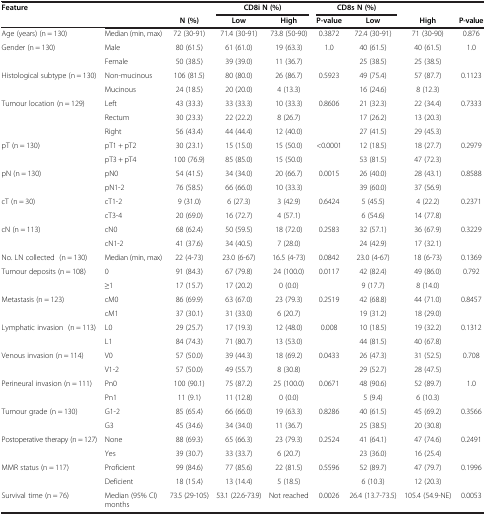
<table><thead><tr><td><b>Feature</b></td><td><b> </b></td><td><b> </b></td><td colspan="2"><b>CD8i N (%)</b></td><td colspan="2"><b>CD8s N (%)</b></td><td><b> </b></td><td><b> </b></td></tr><tr><td><b> </b></td><td><b> </b></td><td><b>N (%)</b></td><td><b>Low</b></td><td><b>High</b></td><td><b>P-value</b></td><td><b>Low</b></td><td><b>High</b></td><td><b>P-value</b></td></tr></thead><tbody><tr><td>Age (years) (n = 130)</td><td>Median (min, max)</td><td>72 (30-91)</td><td>71.4 (30-91)</td><td>73.8 (50-90)</td><td>0.3872</td><td>72.4 (30-91)</td><td>71 (30-90)</td><td>0.876</td></tr><tr><td>Gender (n = 130)</td><td>Male</td><td>80 (61.5)</td><td>61 (61.0)</td><td>19 (63.3)</td><td>1.0</td><td>40 (61.5)</td><td>40 (61.5)</td><td>1.0</td></tr><tr><td> </td><td>Female</td><td>50 (38.5)</td><td>39 (39.0)</td><td>11 (36.7)</td><td> </td><td>25 (38.5)</td><td>25 (38.5)</td><td> </td></tr><tr><td>Histological subtype (n = 130)</td><td>Non-mucinous</td><td>106 (81.5)</td><td>80 (80.0)</td><td>26 (86.7)</td><td>0.5923</td><td>49 (75.4)</td><td>57 (87.7)</td><td>0.1123</td></tr><tr><td> </td><td>Mucinous</td><td>24 (18.5)</td><td>20 (20.0)</td><td>4 (13.3)</td><td> </td><td>16 (24.6)</td><td>8 (12.3)</td><td> </td></tr><tr><td>Tumour location (n = 129)</td><td>Left</td><td>43 (33.3)</td><td>33 (33.3)</td><td>10 (33.3)</td><td>0.8606</td><td>21 (32.3)</td><td>22 (34.4)</td><td>0.7333</td></tr><tr><td> </td><td>Rectum</td><td>30 (23.3)</td><td>22 (22.2)</td><td>8 (26.7)</td><td> </td><td>17 (26.2)</td><td>13 (20.3)</td><td> </td></tr><tr><td> </td><td>Right</td><td>56 (43.4)</td><td>44 (44.4)</td><td>12 (40.0)</td><td> </td><td>27 (41.5)</td><td>29 (45.3)</td><td> </td></tr><tr><td>pT (n = 130)</td><td>pT1 + pT2</td><td>30 (23.1)</td><td>15 (15.0)</td><td>15 (50.0)</td><td>&lt;0.0001</td><td>12 (18.5)</td><td>18 (27.7)</td><td>0.2979</td></tr><tr><td> </td><td>pT3 + pT4</td><td>100 (76.9)</td><td>85 (85.0)</td><td>15 (50.0)</td><td> </td><td>53 (81.5)</td><td>47 (72.3)</td><td> </td></tr><tr><td>pN (n = 130)</td><td>pN0</td><td>54 (41.5)</td><td>34 (34.0)</td><td>20 (66.7)</td><td>0.0015</td><td>26 (40.0)</td><td>28 (43.1)</td><td>0.8588</td></tr><tr><td> </td><td>pN1-2</td><td>76 (58.5)</td><td>66 (66.0)</td><td>10 (33.3)</td><td> </td><td>39 (60.0)</td><td>37 (56.9)</td><td> </td></tr><tr><td>cT (n = 30)</td><td>cT1-2</td><td>9 (31.0)</td><td>6 (27.3)</td><td>3 (42.9)</td><td>0.6424</td><td>5 (45.5)</td><td>4 (22.2)</td><td>0.2371</td></tr><tr><td> </td><td>cT3-4</td><td>20 (69.0)</td><td>16 (72.7)</td><td>4 (57.1)</td><td> </td><td>6 (54.6)</td><td>14 (77.8)</td><td> </td></tr><tr><td>cN (n = 113)</td><td>cN0</td><td>68 (62.4)</td><td>50 (59.5)</td><td>18 (72.0)</td><td>0.2583</td><td>32 (57.1)</td><td>36 (67.9)</td><td>0.3229</td></tr><tr><td> </td><td>cN1-2</td><td>41 (37.6)</td><td>34 (40.5)</td><td>7 (28.0)</td><td> </td><td>24 (42.9)</td><td>17 (32.1)</td><td> </td></tr><tr><td>No. LN collected (n = 130)</td><td>Median (min, max)</td><td>22 (4-73)</td><td>23.0 (6-67)</td><td>16.5 (4-73)</td><td>0.0842</td><td>23.0 (4-67)</td><td>18 (6-73)</td><td>0.1369</td></tr><tr><td>Tumour deposits (n = 108)</td><td>0</td><td>91 (84.3)</td><td>67 (79.8)</td><td>24 (100.0)</td><td>0.0117</td><td>42 (82.4)</td><td>49 (86.0)</td><td>0.792</td></tr><tr><td> </td><td>≥1</td><td>17 (15.7)</td><td>17 (20.2)</td><td>0 (0.0)</td><td> </td><td>9 (17.7)</td><td>8 (14.0)</td><td> </td></tr><tr><td>Metastasis (n = 123)</td><td>cM0</td><td>86 (69.9)</td><td>63 (67.0)</td><td>23 (79.3)</td><td>0.2519</td><td>42 (68.8)</td><td>44 (71.0)</td><td>0.8457</td></tr><tr><td> </td><td>cM1</td><td>37 (30.1)</td><td>31 (33.0)</td><td>6 (20.7)</td><td> </td><td>19 (31.2)</td><td>18 (29.0)</td><td> </td></tr><tr><td>Lymphatic invasion (n = 113)</td><td>L0</td><td>29 (25.7)</td><td>17 (19.3)</td><td>12 (48.0)</td><td>0.008</td><td>10 (18.5)</td><td>19 (32.2)</td><td>0.1312</td></tr><tr><td> </td><td>L1</td><td>84 (74.3)</td><td>71 (80.7)</td><td>13 (53.0)</td><td> </td><td>44 (81.5)</td><td>40 (67.8)</td><td> </td></tr><tr><td>Venous invasion (n = 114)</td><td>V0</td><td>57 (50.0)</td><td>39 (44.3)</td><td>18 (69.2)</td><td>0.0433</td><td>26 (47.3)</td><td>31 (52.5)</td><td>0.708</td></tr><tr><td> </td><td>V1-2</td><td>57 (50.0)</td><td>49 (55.7)</td><td>8 (30.8)</td><td> </td><td>29 (52.7)</td><td>28 (47.5)</td><td> </td></tr><tr><td>Perineural invasion (n = 111)</td><td>Pn0</td><td>100 (90.1)</td><td>75 (87.2)</td><td>25 (100.0)</td><td>0.0671</td><td>48 (90.6)</td><td>52 (89.7)</td><td>1.0</td></tr><tr><td> </td><td>Pn1</td><td>11 (9.1)</td><td>11 (12.8)</td><td>0 (0.0)</td><td> </td><td>5 (9.4)</td><td>6 (10.3)</td><td> </td></tr><tr><td>Tumour grade (n = 130)</td><td>G1-2</td><td>85 (65.4)</td><td>66 (66.0)</td><td>19 (63.3)</td><td>0.8286</td><td>40 (61.5)</td><td>45 (69.2)</td><td>0.3566</td></tr><tr><td> </td><td>G3</td><td>45 (34.6)</td><td>34 (34.0)</td><td>11 (36.7)</td><td> </td><td>25 (38.5)</td><td>20 (30.8)</td><td> </td></tr><tr><td>Postoperative therapy (n = 127)</td><td>None</td><td>88 (69.3)</td><td>65 (66.3)</td><td>23 (79.3)</td><td>0.2524</td><td>41 (64.1)</td><td>47 (74.6)</td><td>0.2491</td></tr><tr><td> </td><td>Yes</td><td>39 (30.7)</td><td>33 (33.7)</td><td>6 (20.7)</td><td> </td><td>23 (36.0)</td><td>16 (25.4)</td><td> </td></tr><tr><td>MMR status (n = 117)</td><td>Proficient</td><td>99 (84.6)</td><td>77 (85.6)</td><td>22 (81.5)</td><td>0.5596</td><td>52 (89.7)</td><td>47 (79.7)</td><td>0.1996</td></tr><tr><td> </td><td>Deficient</td><td>18 (15.4)</td><td>13 (14.4)</td><td>5 (18.5)</td><td> </td><td>6 (10.3)</td><td>12 (20.3)</td><td> </td></tr><tr><td>Survival time (n = 76)</td><td>Median (95% CI) months</td><td>73.5 (29-105)</td><td>53.1 (22.6-73.9)</td><td>Not reached</td><td>0.0026</td><td>26.4 (13.7-73.5)</td><td>105.4 (54.9-NE)</td><td>0.0053</td></tr></tbody></table>